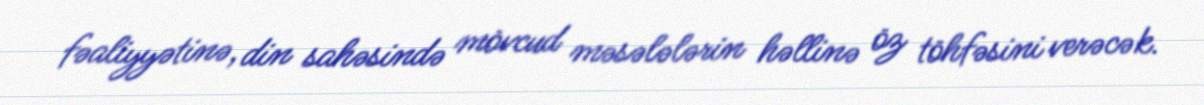
fəaliyyətinə, din sahəsində mövcud məsələlərin həllinə öz töhfəsini verəcək.